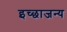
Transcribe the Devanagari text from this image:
इच्छाजन्य